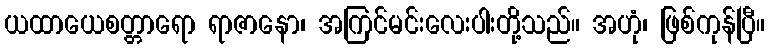
ယထာယေစတ္တာရော ရာဇာနော၊ အကြင်မင်းလေးပါးတို့သည်။ အဟုံ၊ ဖြစ်ကုန်ပြီ။